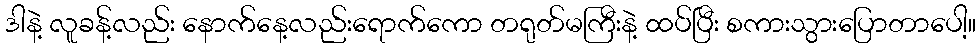
ဒါနဲ့ လူခန့်လည်း နောက်နေ့လည်းရောက်ကော တရုတ်မကြီးနဲ့ ထပ်ပြီး စကားသွားပြောတာပေါ့။